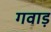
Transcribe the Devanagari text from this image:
गवाड़